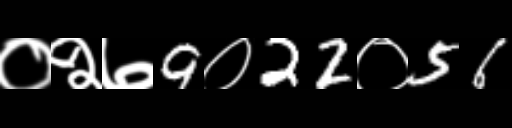
Text: ०२७9०22०56